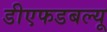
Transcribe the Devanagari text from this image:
डीएफडबल्‍यू